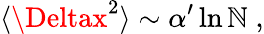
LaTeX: \langle\Deltax^{2}\rangle\sim\alpha^{\prime}\ln\mathbb{N}\; ,